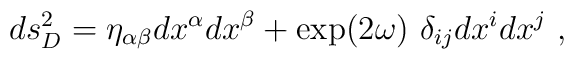
ds_D^2=\eta_{\alpha\beta}dx^\alpha dx^\beta+ \exp(2\omega)~\delta_{ij} dx^i dx^j~,